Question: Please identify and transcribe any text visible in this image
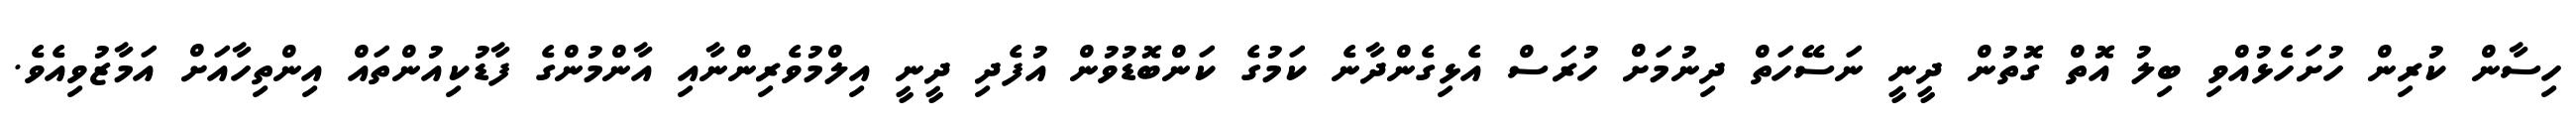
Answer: ހިސާން ކުރިން ހުށަހެޅުއްވި ބިލު އޮތް ގޮތުން ދީނީ ނަސޭހަތް ދިނުމަށް ހުރަސް އެޅިގެންދާނެ ކަމުގެ ކަންބޮޑުވުން އުފެދި ދީނީ އިލްމުވެރިންނާއި އާންމުންގެ ފާޑުކިއުންތައް އިންތިހާއަށް އަމާޒުވިއެވެ.